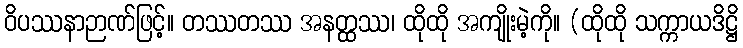
ဝိပဿနာဉာဏ်ဖြင့်။ တဿတဿ အနတ္ထဿ၊ ထိုထို အကျိုးမဲ့ကို။ (ထိုထို သက္ကာယဒိဋ္ဌိ